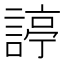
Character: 諪